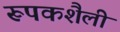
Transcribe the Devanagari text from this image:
रूपकशैली